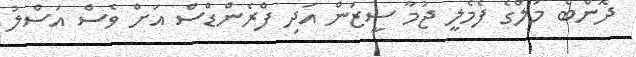
ދޮންބެ މަލްގެ ފެމެލީ ޖުމާ ސީޒަން އަދި ފްރެންޑްސް އަށް ވެސް އަސްލު